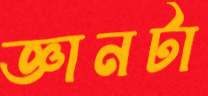
জ্ঞানটা